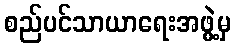
စည်ပင်သာယာရေးအဖွဲ့မှ